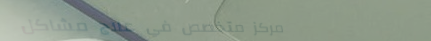
مركز متخصص في علاج مشاكل